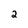
Character: 2